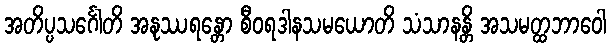
အတိပ္ပသင်္ဂေါတိ အနုဿရန္တော စီဝရဒါနသမယောတိ သံသာနန္တိ အသမတ္ထဘာဝေါ